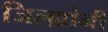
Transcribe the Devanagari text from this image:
जिल्ह्यांनी